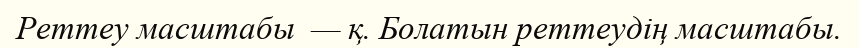
Реттеу масштабы  — қ. Болатын реттеудің масштабы.